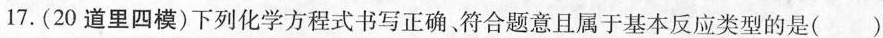
17.(20道里四模)下列化学方程式书写正确、符合题意且属于基本反应类型的是()